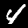
Label: 4